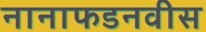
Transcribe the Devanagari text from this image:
नानाफडनवीस